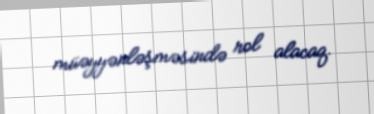
müəyyənləşməsində rol alacaq.